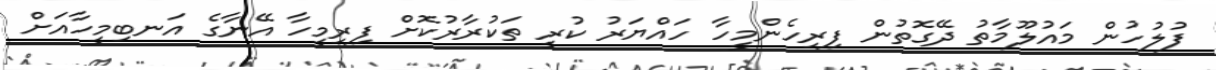
ފުލުހުން މައުލޫމާތު ދޭގޮތުން ފިރިހެންމީހާ ހައްޔަރު ކުރީ ތަކުރާރުކޮށް ފިރިމީހާ އޭނާގެ އަނބިމީހާއަށް